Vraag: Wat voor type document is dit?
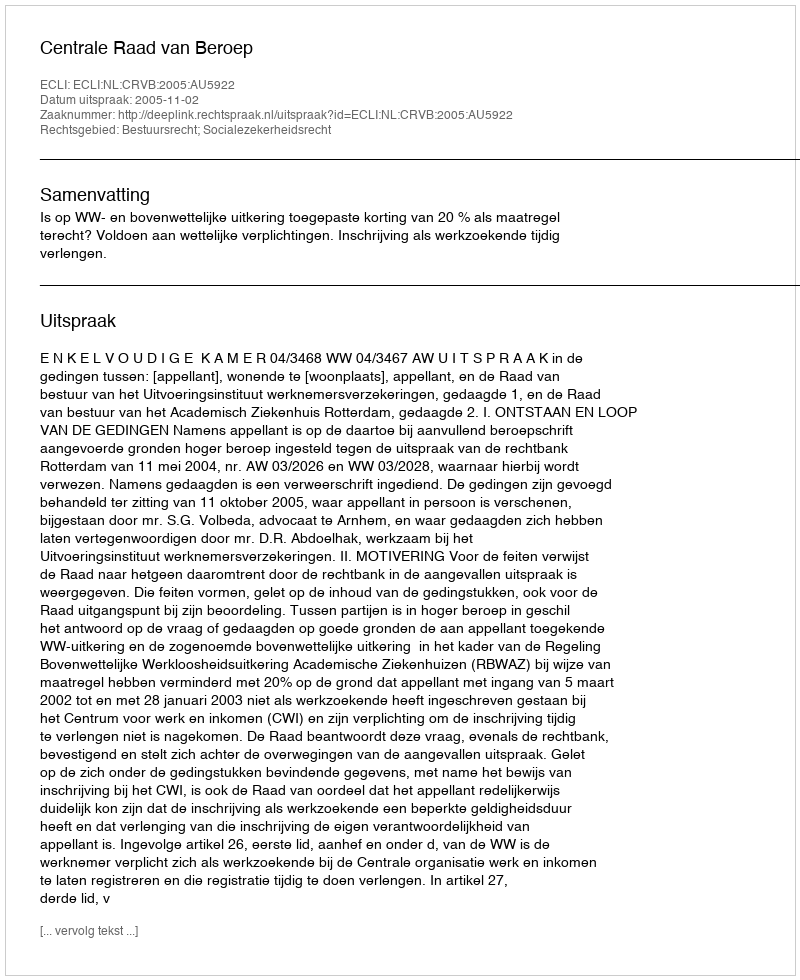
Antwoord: Uitspraak